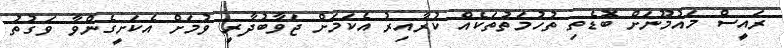
ރައީސް މައުމޫނަށް ބޮޑެތި ތުހުމަތުތަކެއް ކުރާއިރު އެކަމަށް ޖަވާބުދާރީ ވުމަށް އެކަށީގެންވާ ވަގުތު